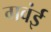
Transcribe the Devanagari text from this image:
गवंई